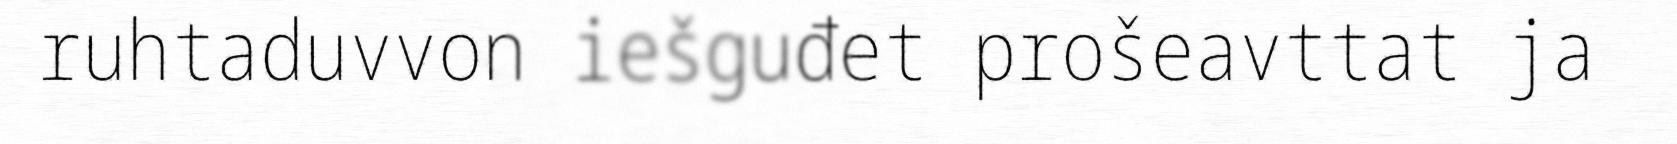
ruhtaduvvon iešguđet prošeavttat ja